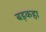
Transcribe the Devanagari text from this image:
बड़कहा